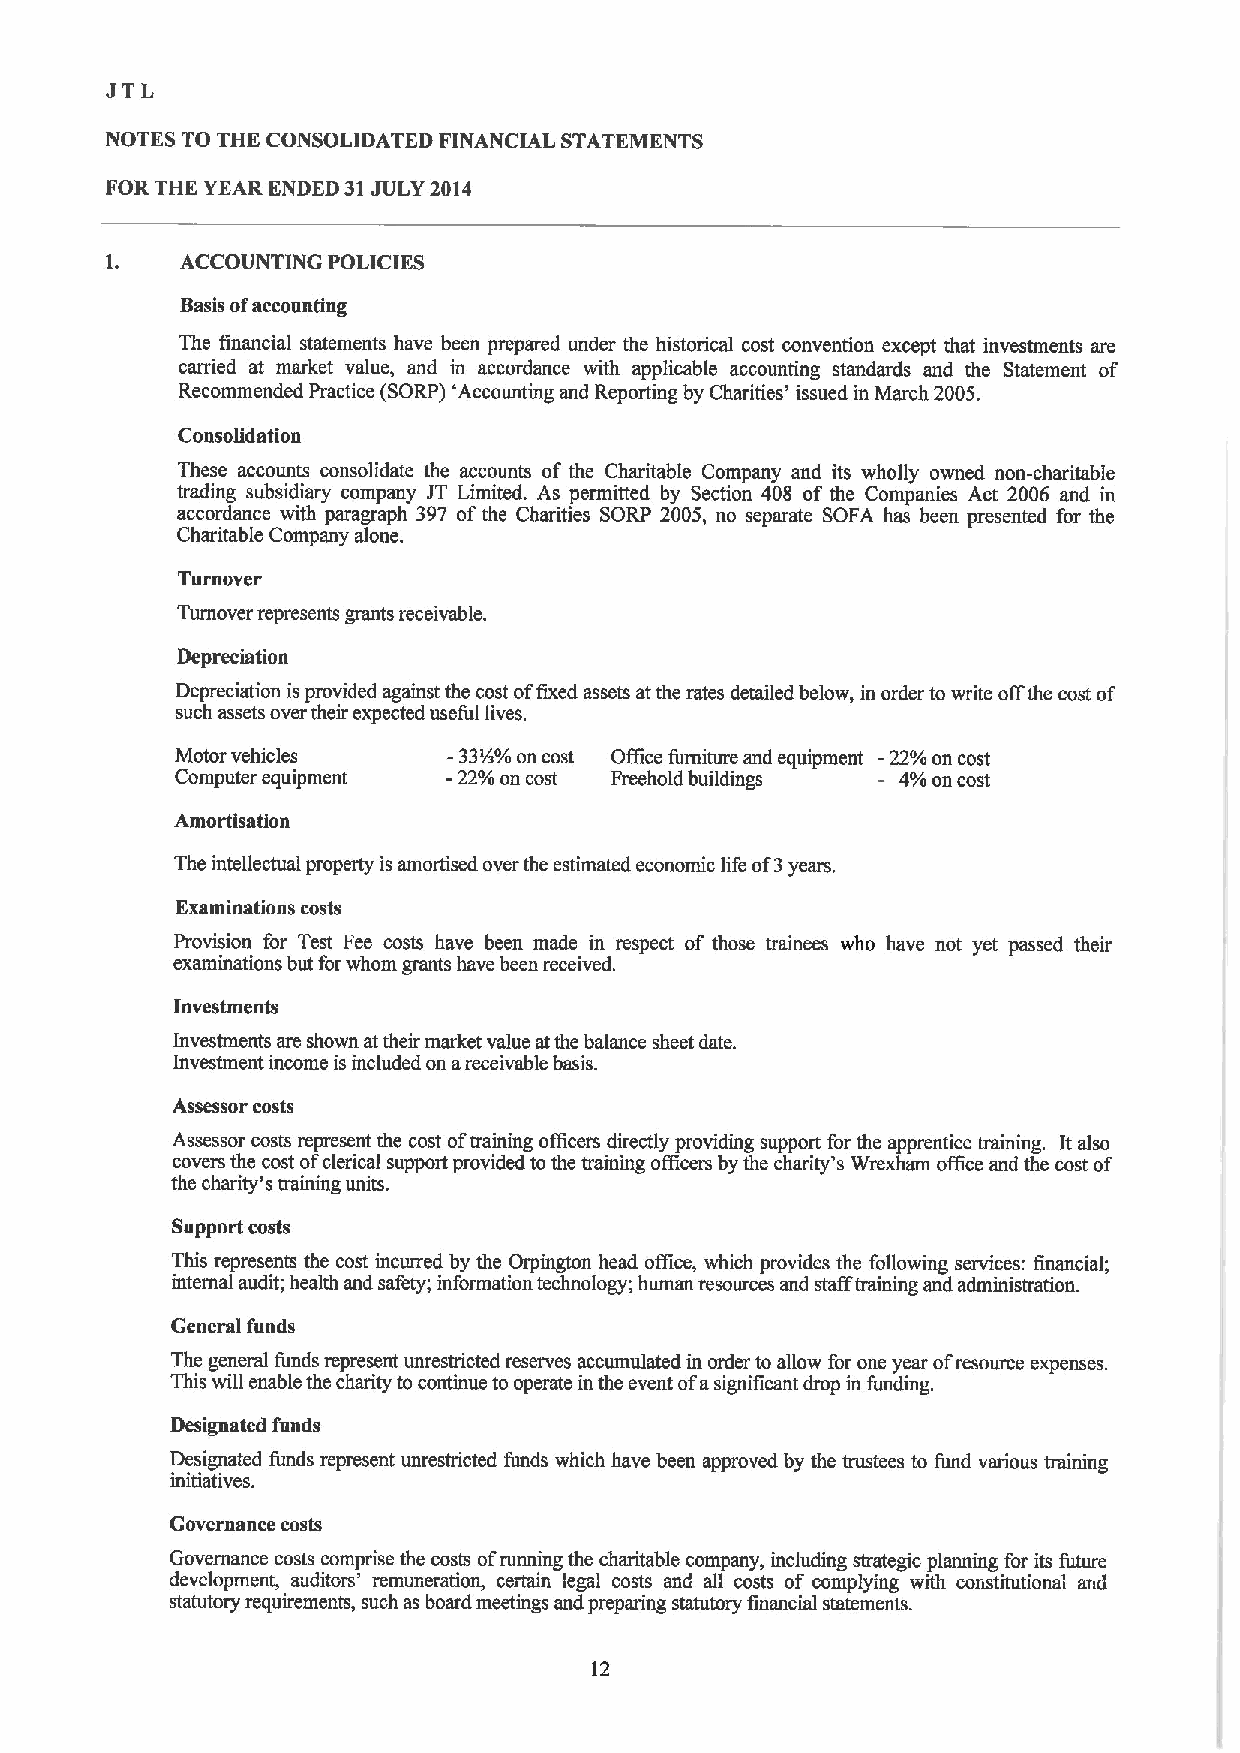
JTL
 NOTES TO THE CONSOLIDATED FINANCIAL STATEMENTS
 FOR THE YEAR ENDED 31JULY 2014
 ACCOUNTING POLICIKS
 Basis ofaccounting
 The financial statements have been prepared under the historical cost convention except that investments are
 carried at market value, and in accordance with applicable accounting standards and the Statement of
 Recommended Practice (SORP) 'Accounting and Reporting by Charities' issued in March 2005.
 Consolidation
 These accounts consolidate the accounts of the Charitable Company and its wholly owned non-charitable
 trading subsidiary company IT Limited. As permitted by Section 408 of the Companies Act 2006 and in
 accordance with paragraph 397 ofthe Charities SORP 2005, no separate SOFA has been presented for the
 Charitable Company alone.
 Turnover
 Turnover represents grants receivable.
 Depreciation
 Depreciation is provided against the cost offixed assets atthe rates detailed below, in order to write offthe cost of
 such assets over their expected useful lives.
 Motor vehicles    -33%%on cost Offitce furniture and equipment -22%on cost
 Computer equipment -22%on cost Freehold buildings 4%on cost
 Amortisation
 The intellectual property is amortised over the estimated economic life of3years.
 Examinations costs
 Provision for Test Fee costs have been made in respect of those trainees who have not yet passed their
 examinations but forwhom grants have been received.
 Investments
 Investments are shown attheir market value atthe balance sheet date.
 Investment income is included on areceivable basis.
 Assessor costs
 Assessor costs represent the cost oftraining officers directly providing support for the apprentice training. It also
 covers the cost ofclerical support provided to the training officers by the charity's Wrexham office and the cost of
 the charity's training units.
 Support costs
 This represents the cost incurred by the Orpington head office, which provides the following services: financial;
 internal audit; health and safety; information technology; human resources and stafFtraining and administration.
 General funds
 The general funds represent unrestricted reserves accumulated in order to allow for one year ofresource expenses.
 This will enable the charity to continue to operate in the event ofasignificant drop in funding.
 Designated funds
 Designated funds represent unrestricted funds which have been approved by the trustees to fund various training
 initiatives.
 Governance costs
 Governance costs comprise the costs ofrunning the charitable company, including strategic planning for its future
 development, auditors' remuneration, certain legal costs and all costs of complying with constitutionm and
 statutory requirements, such asboard meetings and preparing statutory financial statements.
 12